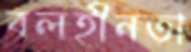
বলহীনতা